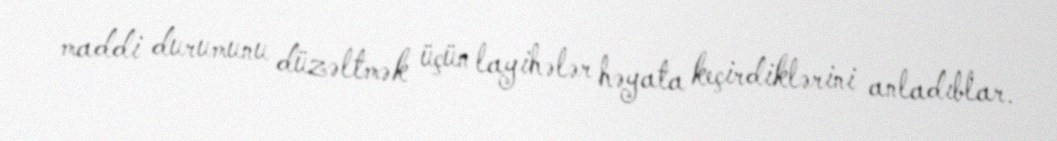
maddi durumunu düzəltmək üçün layihələr həyata keçirdiklərini anladıblar.